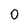
Character: 0